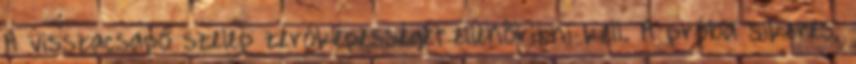
A visszacsapó szelep zéróképességét ellenõrizni kell. A próba sikeres,